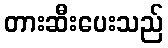
တားဆီးပေးသည်